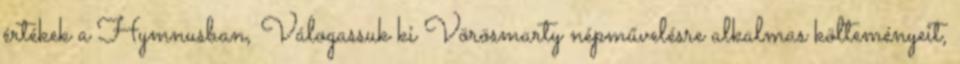
értékek a Hymnusban, Válogassuk ki Vörösmarty népművelésre alkalmas költeményeit,